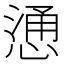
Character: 慂